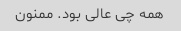
همه چی عالی بود. ممنون